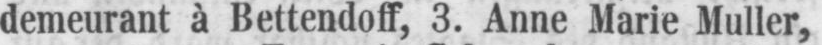
demeurant à Bettendoff, 3. Anne Marie Muller,